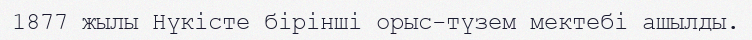
1877 жылы Нүкісте бірінші орыс-түзем мектебі ашылды.